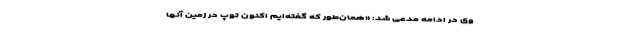
وی در ادامه مدعی شد: «همان‌طور که گفته‌ایم اکنون توپ در زمین آنها